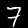
Label: 7